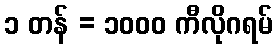
၁ တန် = ၁၀၀၀ ကီလိုဂရမ်